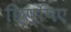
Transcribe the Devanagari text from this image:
छिप्पिए